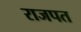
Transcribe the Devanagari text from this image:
राजपत